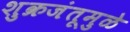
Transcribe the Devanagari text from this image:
शुक्रजंतूमुळे